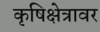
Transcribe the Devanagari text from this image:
कृषिक्षेत्रावर